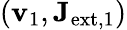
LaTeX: (\mathbf{v}_{1},\mathbf{{J}}_{\mathrm{{ext,1}}})